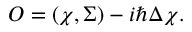
{ \cal O } = ( \chi , \Sigma ) - i \hbar \Delta \chi .